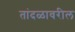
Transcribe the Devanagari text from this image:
तांदळावरील